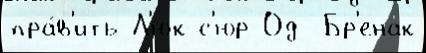
пра́в'ить Л'юк-с'юр-Од  Бр'енак